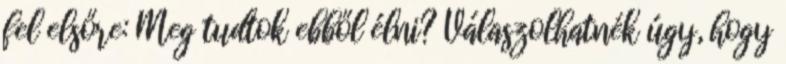
fel elsőre: Meg tudtok ebből élni? Válaszolhatnék úgy, hogy